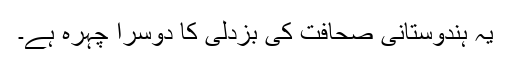
یہ ہندوستانی صحافت کی بزدلی کا دوسرا چہرہ ہے۔